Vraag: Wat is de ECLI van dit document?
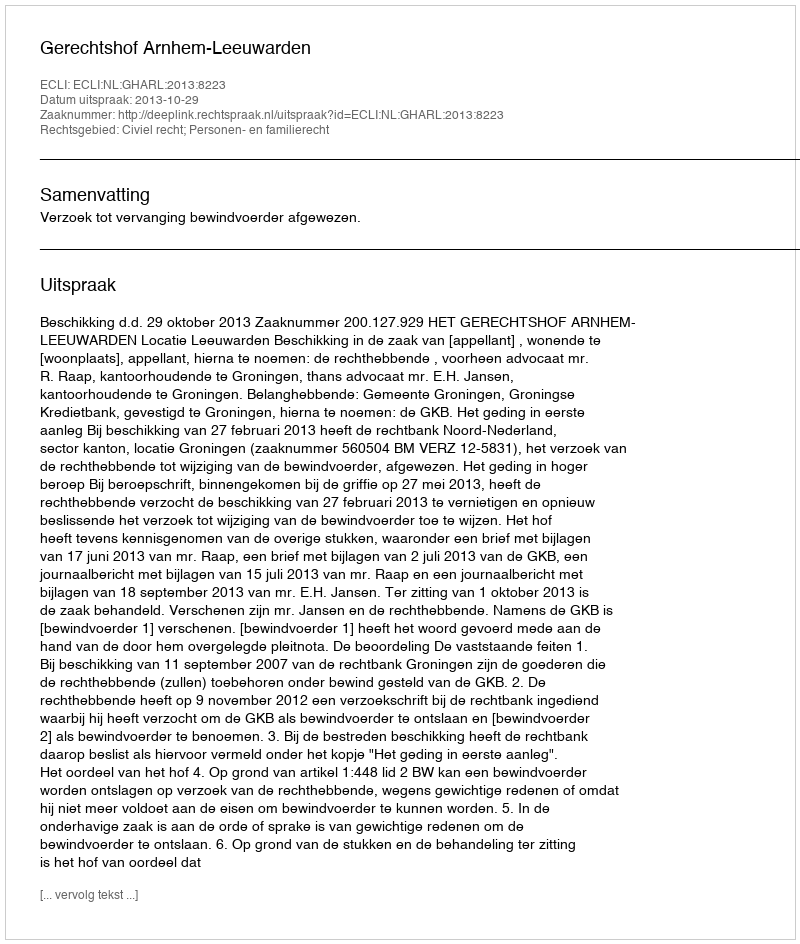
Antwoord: ECLI:NL:GHARL:2013:8223